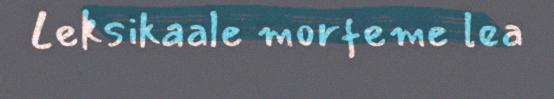
Leksikaale morfeme lea